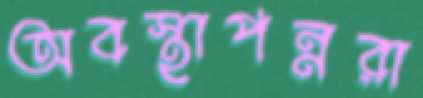
অবস্থাপন্নরা